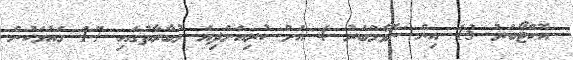
އޮކްޓޯބަރު 13 އިން ނޮވެމްބަރު 4 އަށް ކުރިއަށްދިޔަ މުބާރާތުގައި 17 ގައުމަކުން